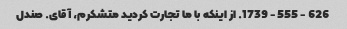
626 - 555 - 1739. از اینکه با ما تجارت کردید متشکرم، آقای. صندل